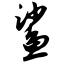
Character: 鲨